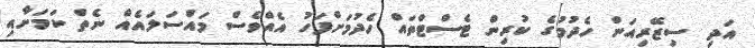
އަދި ސިޒޭރިއަން ހެދުމުގެ ކުރިން ޓެސްޓްތައް ހެދުމަށްފަހު އެއްވެސް މައްސަލައެއް ނެތް ކަމަށާއި